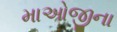
માઓજીના